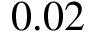
0 . 0 2